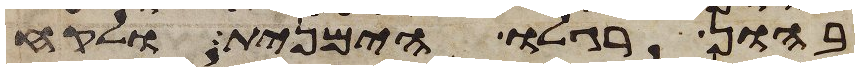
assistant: בהון רגלו הימנית ולקח